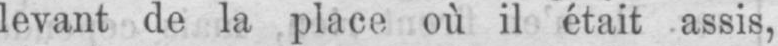
levant de la place où il était assis,